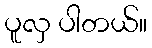
ပူလှ ပါတယ်။